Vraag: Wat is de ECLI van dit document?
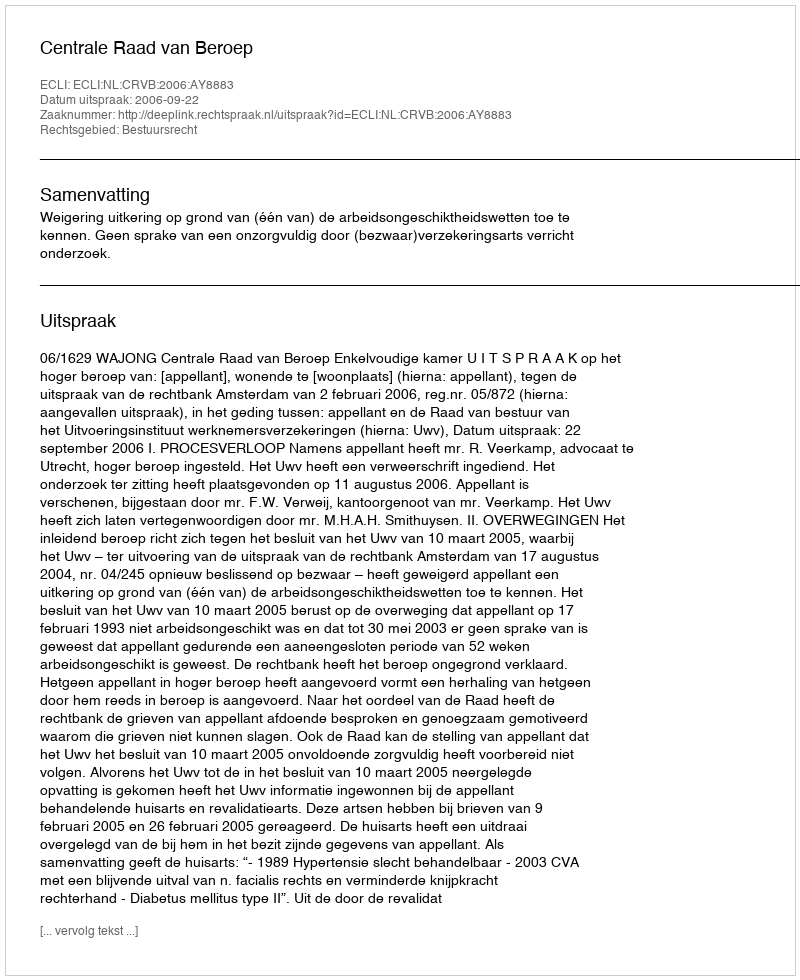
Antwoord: ECLI:NL:CRVB:2006:AY8883